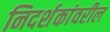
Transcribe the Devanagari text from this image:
निदर्शकांवरील